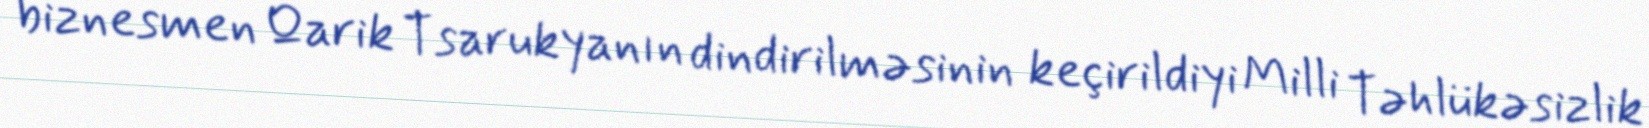
biznesmen Qarik Tsarukyanın dindirilməsinin keçirildiyi Milli Təhlükəsizlik